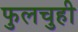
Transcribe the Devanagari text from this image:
फुलचुही